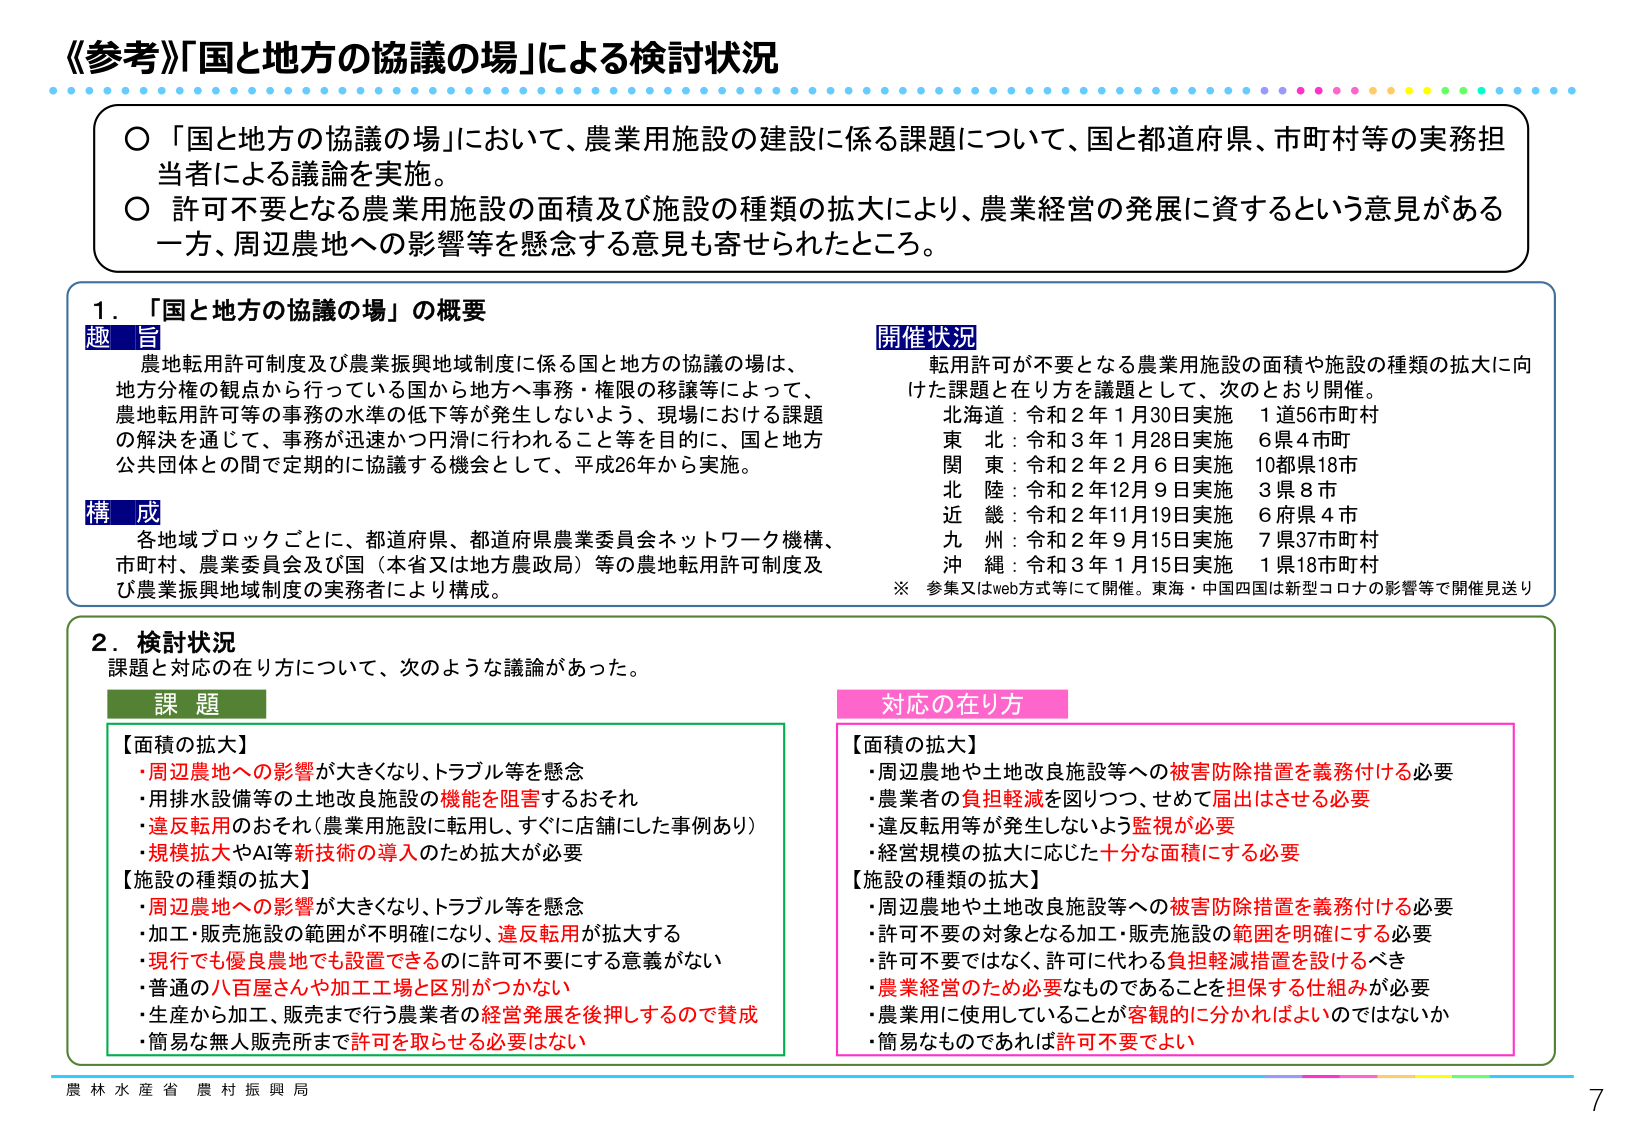
《参考》「国と地方の協議の場」による検討状況

○「国と地方の協議の場」において、農業用施設の建設に係る課題について、国と都道府県、市町村等の実務担当者による議論を実施。
○許可不要となる農業用施設の面積及び施設の種類の拡大により、農業経営の発展に資するという意見がある一方、周辺農地への影響等を懸念する意見も寄せられたところ。

1．「国と地方の協議の場」の概要

趣旨
農地転用許可制度及び農業振興地域制度に係る国と地方の協議の場は、地方分権の観点から行っている国から地方へ事務・権限の移譲等によって、農地転用許可等の事務の水準の低下等が発生しないよう、現場における課題の解決を通じて、事務が迅速かつ円滑に行われること等を目的に、国と地方公共団体との間で定期的に協議する機会として、平成26年から実施。

構成
各地域ブロックごとに、都道府県、都道府県農業委員会ネットワーク機構、市町村、農業委員会及び国（本省又は地方農政局）等の農地転用許可制度及び農業振興地域制度の実務者により構成。

開催状況
転用許可が不要となる農業用施設の面積や施設の種類の拡大に向けた課題と在り方を議題とした、次のとおり開催。
北海道：令和2年1月30日実施　1道56市町村
東北：令和3年1月28日実施　6県4市町
関東：令和2年2月6日実施　10都県18市
北陸：令和2年12月9日実施　3県8市
近畿：令和2年11月19日実施　6府県4市
九州：令和2年9月15日実施　7県37市町村
沖縄：令和3年1月15日実施　1県18市町村
※参集又はweb方式等にて開催。東海・中国四国は新型コロナの影響等で開催見送り

2．検討状況
課題と対応の在り方について、次のような議論があった。

課題
【面積の拡大】
・周辺農地への影響が大きくなり、トラブル等を懸念
・用排水設備等の土地改良施設の機能を阻害するおそれ
・違反転用のおそれ（農業用施設に転用し、すぐに店舗にした事例あり）
・規模拡大やAI等新技術の導入のため拡大が必要

【施設の種類の拡大】
・周辺農地への影響が大きくなり、トラブル等を懸念
・加工・販売施設の範囲が不明確になり、違反転用が拡大する
・現行でも優良農地でも設置できるのに許可不要にする意義がない
・普通の八百屋さんや加工工場と区別がつかない
・生産から加工、販売まで行う農業者の経営発展を後押しするので賛成
・簡易な無人販売所まで許可を取らせる必要はない

対応の在り方
【面積の拡大】
・周辺農地や土地改良施設等への被害防除措置を義務付ける必要
・農業者の負担軽減を図りつつ、せめて届出はさせる必要
・違反転用等が発生しないよう監視が必要
・経営規模の拡大に応じた十分な面積にする必要

【施設の種類の拡大】
・周辺農地や土地改良施設等への被害防除措置を義務付ける必要
・許可不要の対象となる加工・販売施設の範囲を明確にする必要
・許可不要ではなく、許可に代わる負担軽減措置を設けるべき
・農業経営のため必要なものであることを担保する仕組みが必要
・農業用に使用していることが客観的に分かればよいのではないか
・簡易なものであれば許可不要でよい

農林水産省 農村振興局
7